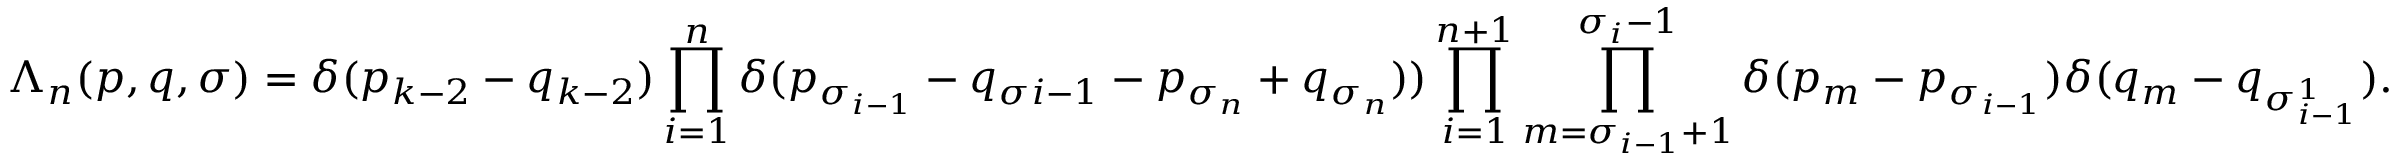
\Lambda _ { n } ( \boldsymbol { p } , \boldsymbol { q } , \sigma ) = \delta ( p _ { k - 2 } - q _ { k - 2 } ) \prod _ { i = 1 } ^ { n } \delta ( p _ { \sigma _ { i - 1 } } - q _ { \sigma { i - 1 } } - p _ { \sigma _ { n } } + q _ { \sigma _ { n } } ) ) \prod _ { i = 1 } ^ { n + 1 } \prod _ { m = \sigma _ { i - 1 } + 1 } ^ { \sigma _ { i } - 1 } \delta ( p _ { m } - p _ { \sigma _ { i - 1 } } ) \delta ( q _ { m } - q _ { \sigma _ { i - 1 } ^ { 1 } } ) .